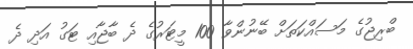
ބްރިޖުގެ މަސައްކަތަށް ބޭނުންވާ 100 މީޓަރުގެ ދެ ބާޖާއި ޓަގު އަދި ދެ